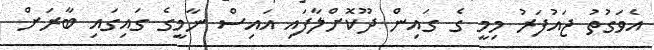
އެވަގުތު ޖައުފަރު މިމީ ގެ ގައިން ދޫކޮށްލާފައި އައިސް ނާމީގެ ގައިގައި ބާރަށް